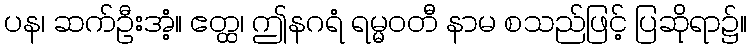
ပန၊ ဆက်ဦးအံ့။ ဧတ္ထ၊ ဤနဂရံ ရမ္မဝတီ နာမ စသည်ဖြင့် ပြဆိုရာ၌။